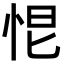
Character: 𢙃